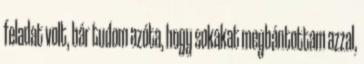
feladat volt, bár tudom azóta, hogy sokakat megbántottam azzal,